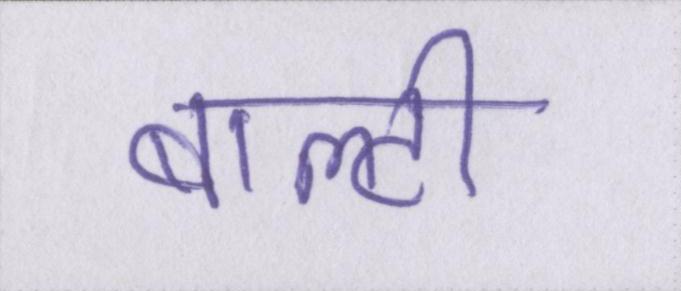
बाल्टी